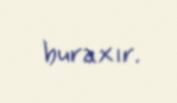
buraxır.